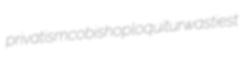
privatism cobishop loquitur wastiest